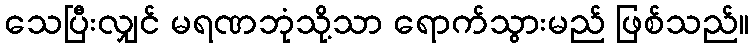
သေပြီးလျှင် မရဏဘုံသို့သာ ရောက်သွားမည် ဖြစ်သည်။